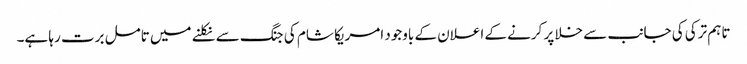
تاہم ترکی کی جانب سے خلا پر کرنے کے اعلان کے باوجود امریکا شام کی جنگ سے نکلنے میں تامل برت رہا ہے۔